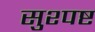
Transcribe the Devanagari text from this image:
सुश्पष्ट